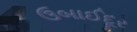
ઉબાઈદૂર